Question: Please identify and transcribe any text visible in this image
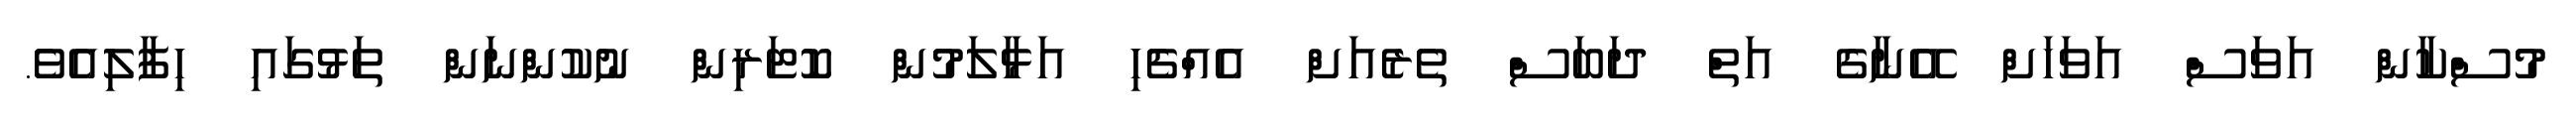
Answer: މުސްކާން އަވަސް އަވަހަށް އޭނާގެ އަތް ދަބަސް ތެރެއަށް އެއްޗެހި އަޅާލަމުން ކޮޓަރިން ނުކުންނަން ތަޅުގައި ހިފާލިއެވެ.